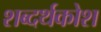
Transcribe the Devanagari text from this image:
शब्दर्थकोश